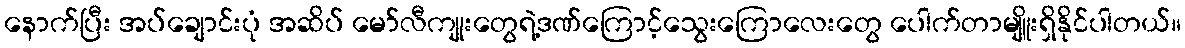
နောက်ပြီး အပ်ချောင်းပုံ အဆိပ် မော်လီကျုးတွေရဲ့ဒဏ်ကြောင့်သွေးကြောလေးတွေ ပေါက်တာမျိူးရှိနိုင်ပါတယ်။